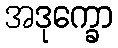
အဒုက္ခော